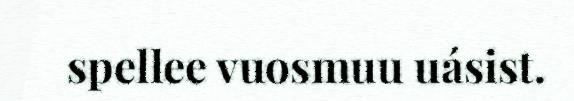
spellee vuosmuu uásist.